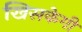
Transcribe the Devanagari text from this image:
खिसकेगी